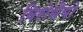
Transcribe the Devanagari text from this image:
विरोधैयो